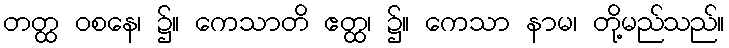
တတ္ထ ဝစနေ၊ ၌။ ကေသာတိ ဧတ္ထ၊ ၌။ ကေသာ နာမ၊ တို့မည်သည်။